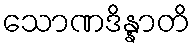
သောဏဒိန္နာတိ